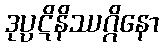
ဒုပ္ပဋိနိဿဂ္ဂိနော